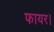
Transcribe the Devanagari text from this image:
फायर।